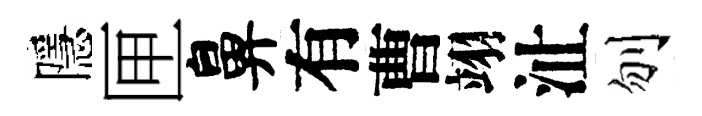
隱匣鼻有曹翊沚刎